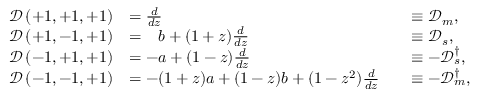
\begin{array} { r l r l } { \mathcal { D } \left( + 1 , + 1 , \boldsymbol { + 1 } \right) } & { = \frac { d } { d z } } & & { \equiv \mathcal { D } _ { m } , } \\ { \mathcal { D } \left( + 1 , - 1 , \boldsymbol { + 1 } \right) } & { = \hphantom { - } b + ( 1 + z ) \frac { d } { d z } } & & { \equiv \mathcal { D } _ { s } , } \\ { \mathcal { D } \left( - 1 , + 1 , \boldsymbol { + 1 } \right) } & { = - a + ( 1 - z ) \frac { d } { d z } } & & { \equiv - \mathcal { D } _ { s } ^ { \dagger } , } \\ { \mathcal { D } \left( - 1 , - 1 , \boldsymbol { + 1 } \right) } & { = - ( 1 + z ) a + ( 1 - z ) b + ( 1 - z ^ { 2 } ) \frac { d } { d z } } & & { \equiv - \mathcal { D } _ { m } ^ { \dagger } , } \end{array}